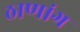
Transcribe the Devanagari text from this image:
ठाणांग